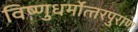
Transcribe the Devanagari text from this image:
विष्‍णुधर्मोत्‍तरपुराण